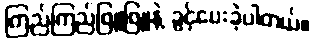
ကြည်ကြည်ဖြူဖြူနဲ့ ခွင့်ပေးခဲ့ပါတယ်။